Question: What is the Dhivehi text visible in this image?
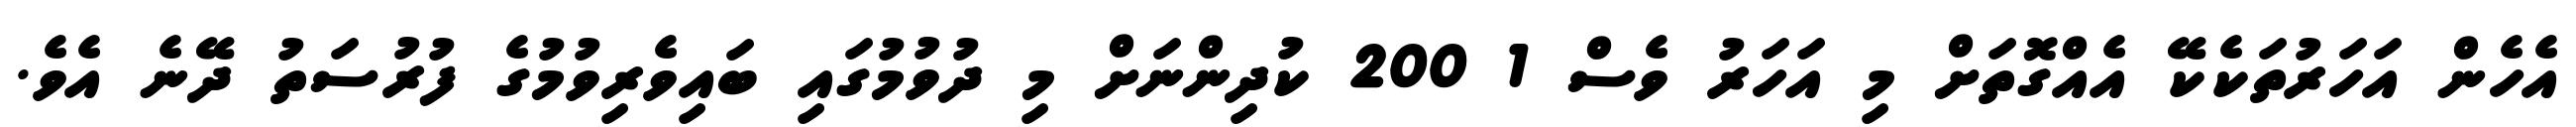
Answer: އެހެން އަހަރުތަކެކޭ އެއްގޮތަށް މި އަހަރު ވެސް 1 200 ކުދިންނަށް މި ދުވުމުގައި ބައިވެރިވުމުގެ ފުރުސަތު ދޭނެ އެވެ.